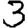
Digit: 3